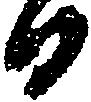
ひ